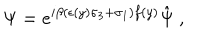
LaTeX: \Psi = e ^ { i \beta ( \epsilon ( y ) \sigma _ { 3 } + \sigma _ { 1 } ) f ( y ) } \hat { \Psi } \ ,